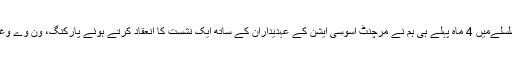
ساحل آن لائن سے فون پر گفتگو کرتے ہوئے ڈی وائی ایس پی ویلنٹائن ڈیسوزا نے بتایا کہ اس سلسلےمیں 4 ماہ پہلے ہی ہم نے مرچنٹ اسوسی ایشن کے عہدیداران کے ساتھ ایک نشست کا انعقاد کرتے ہوئے پارکنگ، ون وے وغیرہ کے متعلق گفتگو کی تھی اور وہاں کچھ فیصلے لئے گئے تھے جس کو اب نافذ کیاجارہاہے۔